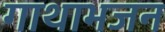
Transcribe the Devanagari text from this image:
गाथाभजन